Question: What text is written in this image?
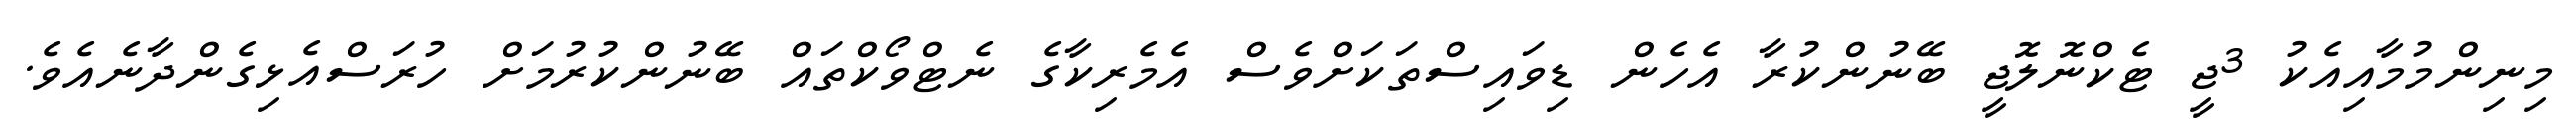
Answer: މިނިންމުމާއިއެކު 3ޖީ ޓެކްނޮލޮޖީ ބޭނުންކުރާ އެހެން ޑިވައިސްތަކަށްވެސް އެމެރިކާގެ ނެޓްވޯކްތައް ބޭނުންކުރުމަށް ހުރަސްއެޅިގެންދާނެއެވެ.